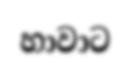
හාවාට